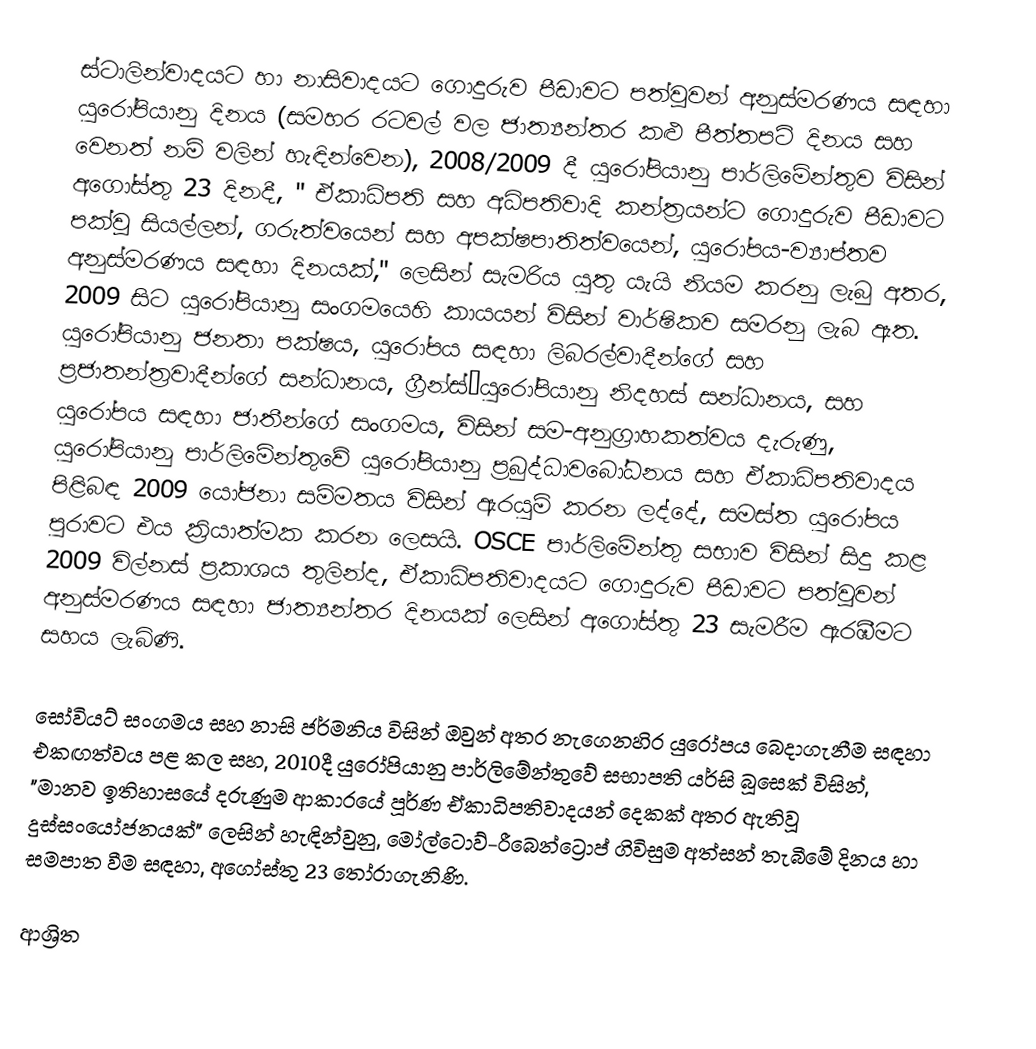
ස්ටාලින්වාදයට හා නාසිවාදයට ගොදුරුව පීඩාවට පත්වූවන් අනුස්මරණය සඳහා යුරෝපියානු දිනය  (සමහර රටවල් වල ජාත්‍යන්තර කළු පීත්තපටි දිනය සහ වෙනත් නම් වලින් හැඳින්වෙන), 2008/2009 දී යුරෝපියානු පාර්ලිමේන්තුව විසින් අගෝස්තු 23 දිනදී, " ඒකාධිපති සහ  අධිපතිවාදි කන්ත්‍රයන්ට ගොදුරුව පීඩාවට පක්වූ සියල්ලන්, ගරුත්වයෙන් සහ අපක්ෂපාතිත්වයෙන්, යුරෝපය-ව්‍යාප්තව  අනුස්මරණය සඳහා දිනයක්," ලෙසින් සැමරිය යුතු යැයි නියම කරනු ලැබු අතර,    2009 සිට යුරෝපියානු සංගමයෙහි කායයන් විසින් වාර්ෂිකව සමරනු ලැබ ඇත.  යුරෝපියානු ජනතා පක්ෂය, යුරෝපය සඳහා ලිබරල්වාදීන්ගේ සහ ප්‍රජාතන්ත්‍රවාදීන්ගේ සන්ධානය, ග්‍රීන්ස්–යුරෝපියානු නිදහස් සන්ධානය,  සහ යුරෝපය සඳහා ජාතීන්ගේ සංගමය, විසින් සම-අනුග්‍රාහකත්වය දැරුණු, යුරෝපියානු පාර්ලිමේන්තුවේ යුරෝපියානු  ප්‍රබුද්ධාවබෝධනය සහ  ඒකාධිපතිවාදය පිළිබඳ 2009 යෝජනා සම්මතය  විසින් ඇරයුම් කරන ලද්දේ, සමස්ත යුරෝපය පුරාවට එය ක්‍රියාත්මක කරන ලෙසයි. OSCE පාර්ලිමේන්තු සභාව විසින් සිදු කළ 2009 විල්නස් ප්‍රකාශය තුලින්ද,  ඒකාධිපතිවාදයට ගොදුරුව පීඩාවට පත්වූවන් අනුස්මරණය සඳහා ජාත්‍යන්තර දිනයක් ලෙසින් අගෝස්තු 23 සැමරීම ඇරඹීමට සහය ලැබිණි.

සෝවියට් සංගමය සහ  නාසි ජර්මනිය විසින් ඔවුන් අතර නැගෙනහිර යුරෝපය බෙදාගැනීම සඳහා එකඟත්වය පළ කල සහ,  2010දී යුරෝපියානු පාර්ලිමේන්තුවේ සභාපති යර්සි බූසෙක් විසින්, "මානව ඉතිහාසයේ දරුණුම ආකාරයේ පූර්ණ ඒකාධිපතිවාදයන් දෙකක් අතර ඇතිවූ දුස්සංයෝජනයක්" ලෙසින් හැඳින්වුනු,  මෝල්ටොව්-රීබෙන්ට්‍රොප්  ගිවිසුම අත්සන් තැබීමේ දිනය  හා සමපාත වීම සඳහා, අගෝස්තු 23 තෝරාගැනිණි.

ආශ්‍රිත